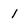
Character: 1